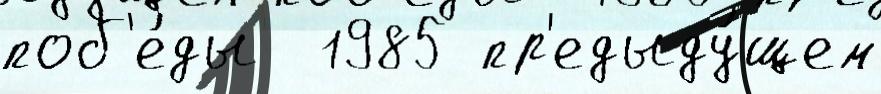
поб'е́ды  1985 пр'едыду́щем